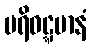
ပရိဝဋ္ဋမာနံ